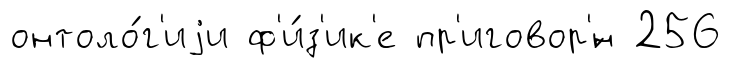
онтоло́г'иjи ф'и́з'ик'е пр'иговор'́н 256